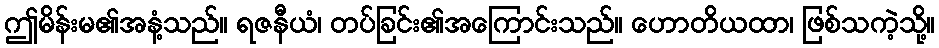
ဤမိန်းမ၏အနံ့သည်။ ရဇနီယံ၊ တပ်ခြင်း၏အကြောင်းသည်။ ဟောတိယထာ၊ ဖြစ်သကဲ့သို့။